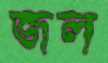
জল